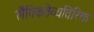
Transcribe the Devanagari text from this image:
लैंगिकतेव्यतिरिक्त